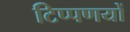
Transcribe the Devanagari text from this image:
टिप्पणयों